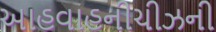
આહવાહનીચીઝની